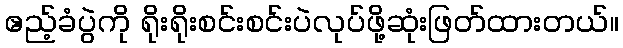
ဧည့်ခံပွဲကို ရိုးရိုးစင်းစင်းပဲလုပ်ဖို့ဆုံးဖြတ်ထားတယ်။